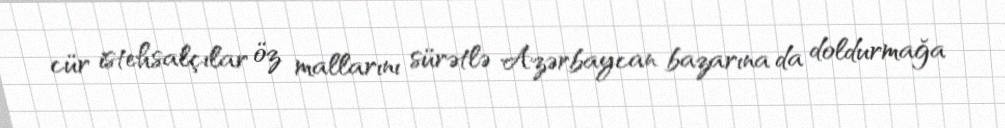
cür istehsalçılar öz mallarını sürətlə Azərbaycan bazarına da doldurmağa